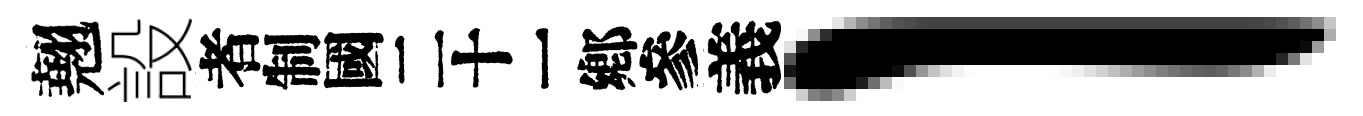
翹設识義l